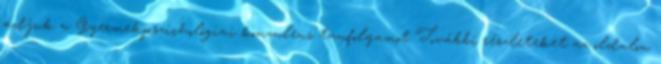
adjuk a Gyermekpszichológiai konzulens tanfolyamot További részleteket az oldalon